Report of an investigation into the causes of malaria in Bombay and the measures necessary for its control
Disease focus: Malaria
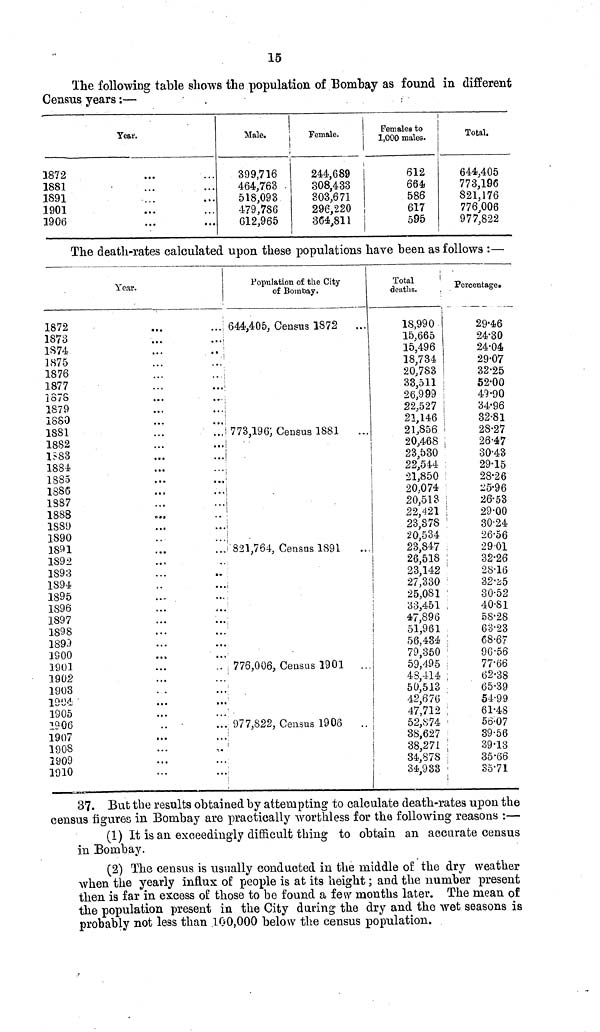
15
The following table shows the population of Bombay as found in different
Census years :—
Year.
1872
1881
1891
1901
1906
Male.
399,716
464,763
518,093
479,786
012,965
Female.
244,689
308,433
303,671
296,220
364,811
Females to
1,000 males.
612
664
586
617
595
Total.
644,405
773,196
821,176
776,006
977,822
The death-rates calculated upon these populations have been as follows :—
1872
1873
1S74
1S75
1876
1877
187S
1879
1880
1881
1SS2
1583
1884
1885
1886
1887
1888
1889
1890
1891
1S92
1893
1894
1895
1S96
1897
1898
189J
1900
1901
1902
1903
1504:
1905
1906
1907
1908
1909
1910
Year.
...
• •
• • •
...
...
...
...
...
» • •
...
«»a
• » •
. . .
...
• . i
...
a»
• . •
• • •
-« .
• ••
•..
...
...
..»
...
• • •
•
• • •
• • •
•••
ft • •
..
«••
. . .
• • .
t«
• « .
. . .
...
Population of the City
of Bombay.
644,405, Census 1872
...
! 773,196; Census 1881
..
i
j
Í
i
1
' 821,764, Census 1891
¡ 776,006, Census 1901 ...
,977,822, Census 1906
i
¡
Total
'
deaths.
18,990
15,665
15,496
18,734
20,783
33,511
26,999
22,527
21,146
21,856
20,468
23,530
22,544
21,850
20,074
20,513
22,421
23,878
20,534
23,847
j
26,51S
23,142
27,330
25,081
1
33,451
!
47,896
!
51,961
!
56,434
79,350
59,495
43,414
i
50,513
42,676
47,712
52,874
38,627
38,271
34,S7S
34,933
Percentage»
29*46
24-30
24-04
29-07
32-25
52-00
49-90
34-96
32-81
28-27
26-47
30-43
:
29-15
28-26
o-96
;
26-53
!
29-00
30-24
26-56
2901
:
32-26
28-16
32-¿5
30-52
40-S1
58-28
63-23
;
68-67
96-56
77-66
;
62-38
65-39
54-99
;
61-48
56-07
39-56
•
39-13
;
35-66
:
35-71
37. But the results obtained by attempting to calculate death-rates upon the
census figures in Bombay are practically worthless for the following reasons :—
(1) It is an exceedingly difficult thing to obtain an accurate census
in Bombay.
(2) The census is usually conducted in the middle of the dry weather
when the yearly influx of people is at its height ; and the number present
then is far in excess of those to be found a few months later. The mean of
the population present in the City during the dry and the wet seasons is
probably not less than 100,000 below the census population.